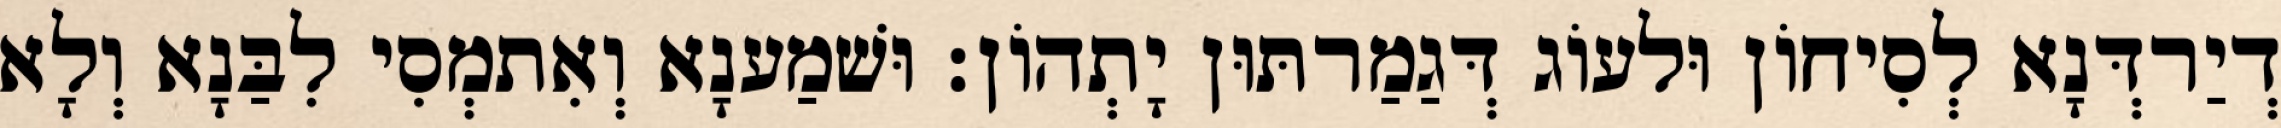
דְיַרדְּנָא לְסִיחוֹן וּלעוֹג דְּגַמַרתּוּן יָתְהוֹן׃ וּשׁמַענָא וְאִתמְסִי לִבַּנָא וְלָא